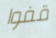
قفوا